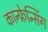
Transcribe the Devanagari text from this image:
कान्फ्रेन्सिंग